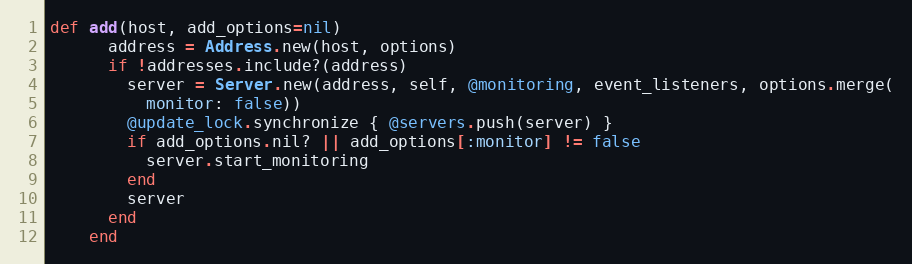
Language: Ruby
def add(host, add_options=nil)
      address = Address.new(host, options)
      if !addresses.include?(address)
        server = Server.new(address, self, @monitoring, event_listeners, options.merge(
          monitor: false))
        @update_lock.synchronize { @servers.push(server) }
        if add_options.nil? || add_options[:monitor] != false
          server.start_monitoring
        end
        server
      end
    end